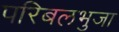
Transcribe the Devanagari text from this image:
परिबलभुजा